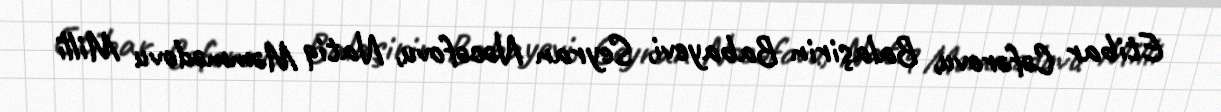
Etibar Cəfərovu, Balaşirin Babayevi, Seyran Nəcəfovu, Natiq Məmmədovu Milli